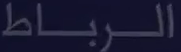
الرباط